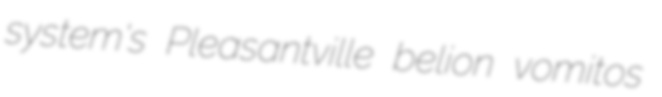
system's Pleasantville belion vomitos